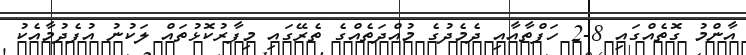
އާންމު ގޮތެއްގައި 8-2 ހަފްތާއާއި ދެމެދުގެ މުއްދަތެއްގެ ތެރޭގައި މިފާރުކޮޅުތައް ލަކުނު އުފެދުމާއެކު